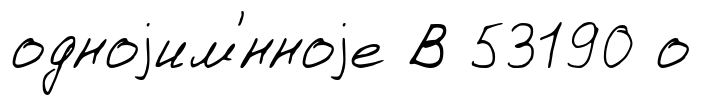
одноjим'́нноjе В 53190 о